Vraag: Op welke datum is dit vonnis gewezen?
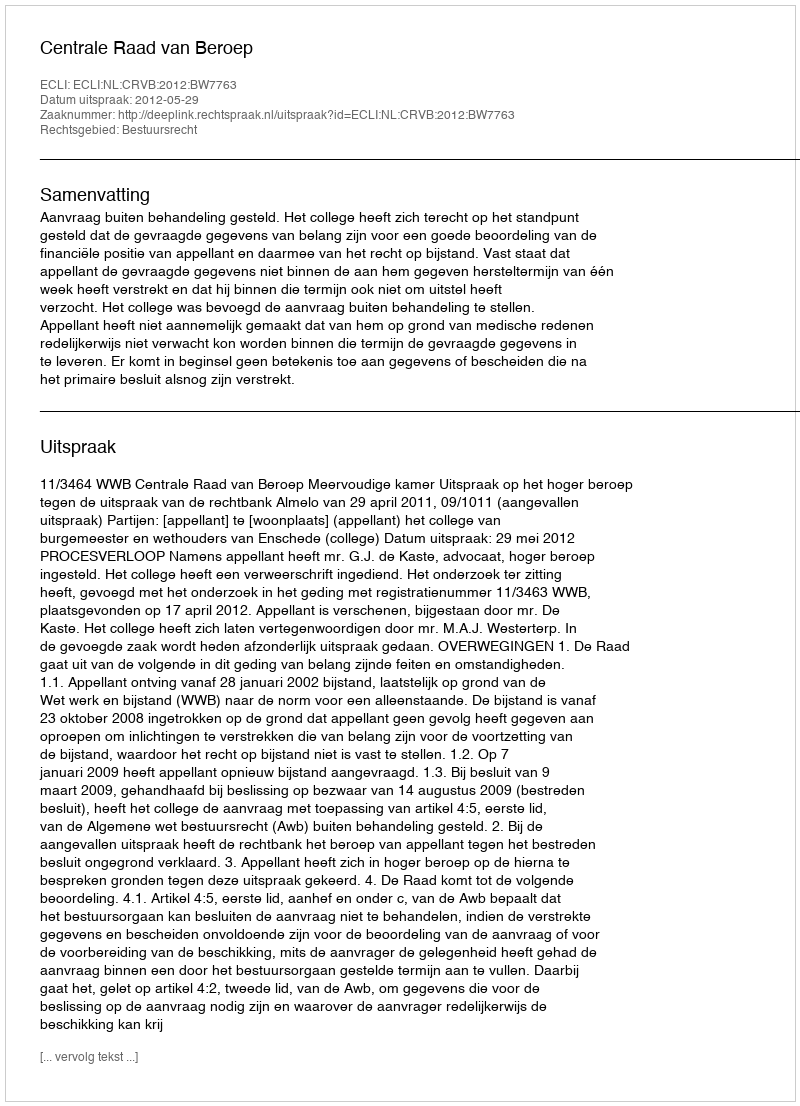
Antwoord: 2012-05-29